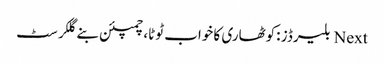
Next بلیرڈز :کوٹھاری کا خواب ٹوٹا، چمپئن بنے گلکرسٹ